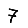
Digit: 7